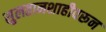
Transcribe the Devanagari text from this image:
सुलतानशाहीवरून